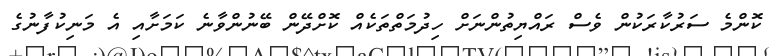
ކޮންމެ ސަރުކާރަކުން ވެސް ރައްޔިތުންނަށް ހިދުމަތްތަކެއް ކޮށްދޭން ބޭނުންވާނެ ކަމަށާއި އެ މަނިކުފާނުގެ